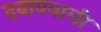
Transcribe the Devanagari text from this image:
दबाववाली